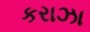
કરાઝા